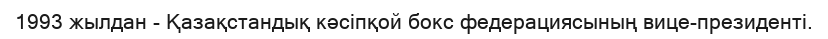
1993 жылдан - Қазақстандық кәсіпқой бокс федерациясының вице-президенті.